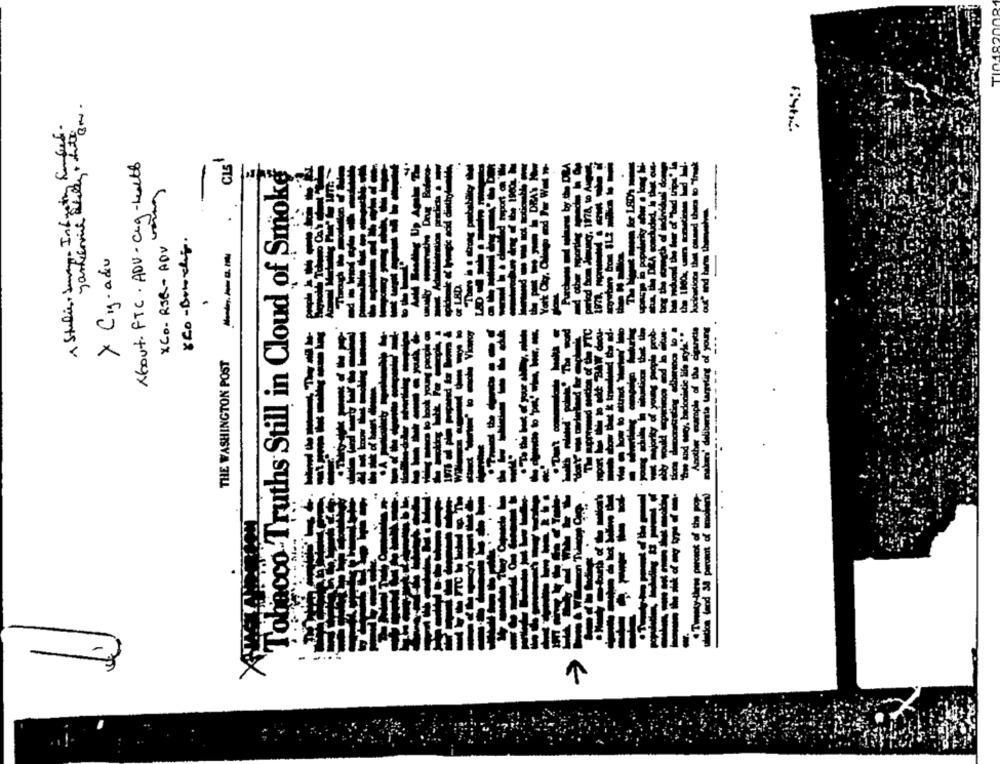
A Studies , Swing. Infogeting for bet.
About. FTC. ADV- CLq-health
CLS
XCo- RSQ- ADV ning
acco-Truths Still in Cloud of Smok
> Cig. adv
.
THE WASHINGTON POST
Tobar